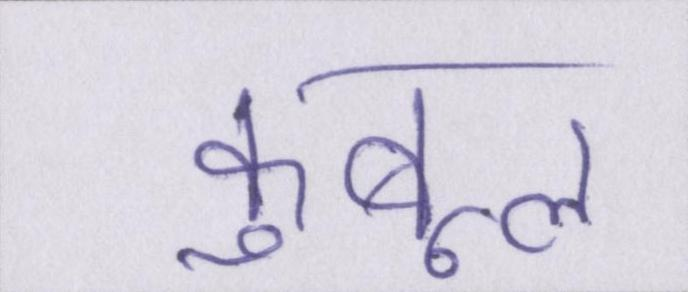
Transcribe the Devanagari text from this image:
कुबूल